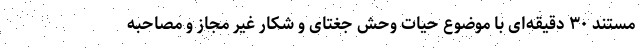
مستند ۳۰ دقیقه‌ای با موضوع حیات وحش جغتای و شکار غیر مجاز و مصاحبه